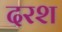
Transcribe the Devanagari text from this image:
दरश